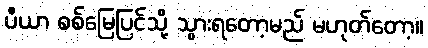
ပီယာ စစ်မြေပြင်သို့ သွားရတော့မည် မဟုတ်တော့။